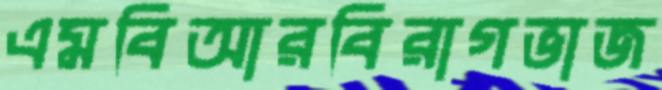
এমবিআরবিরাগভাজ